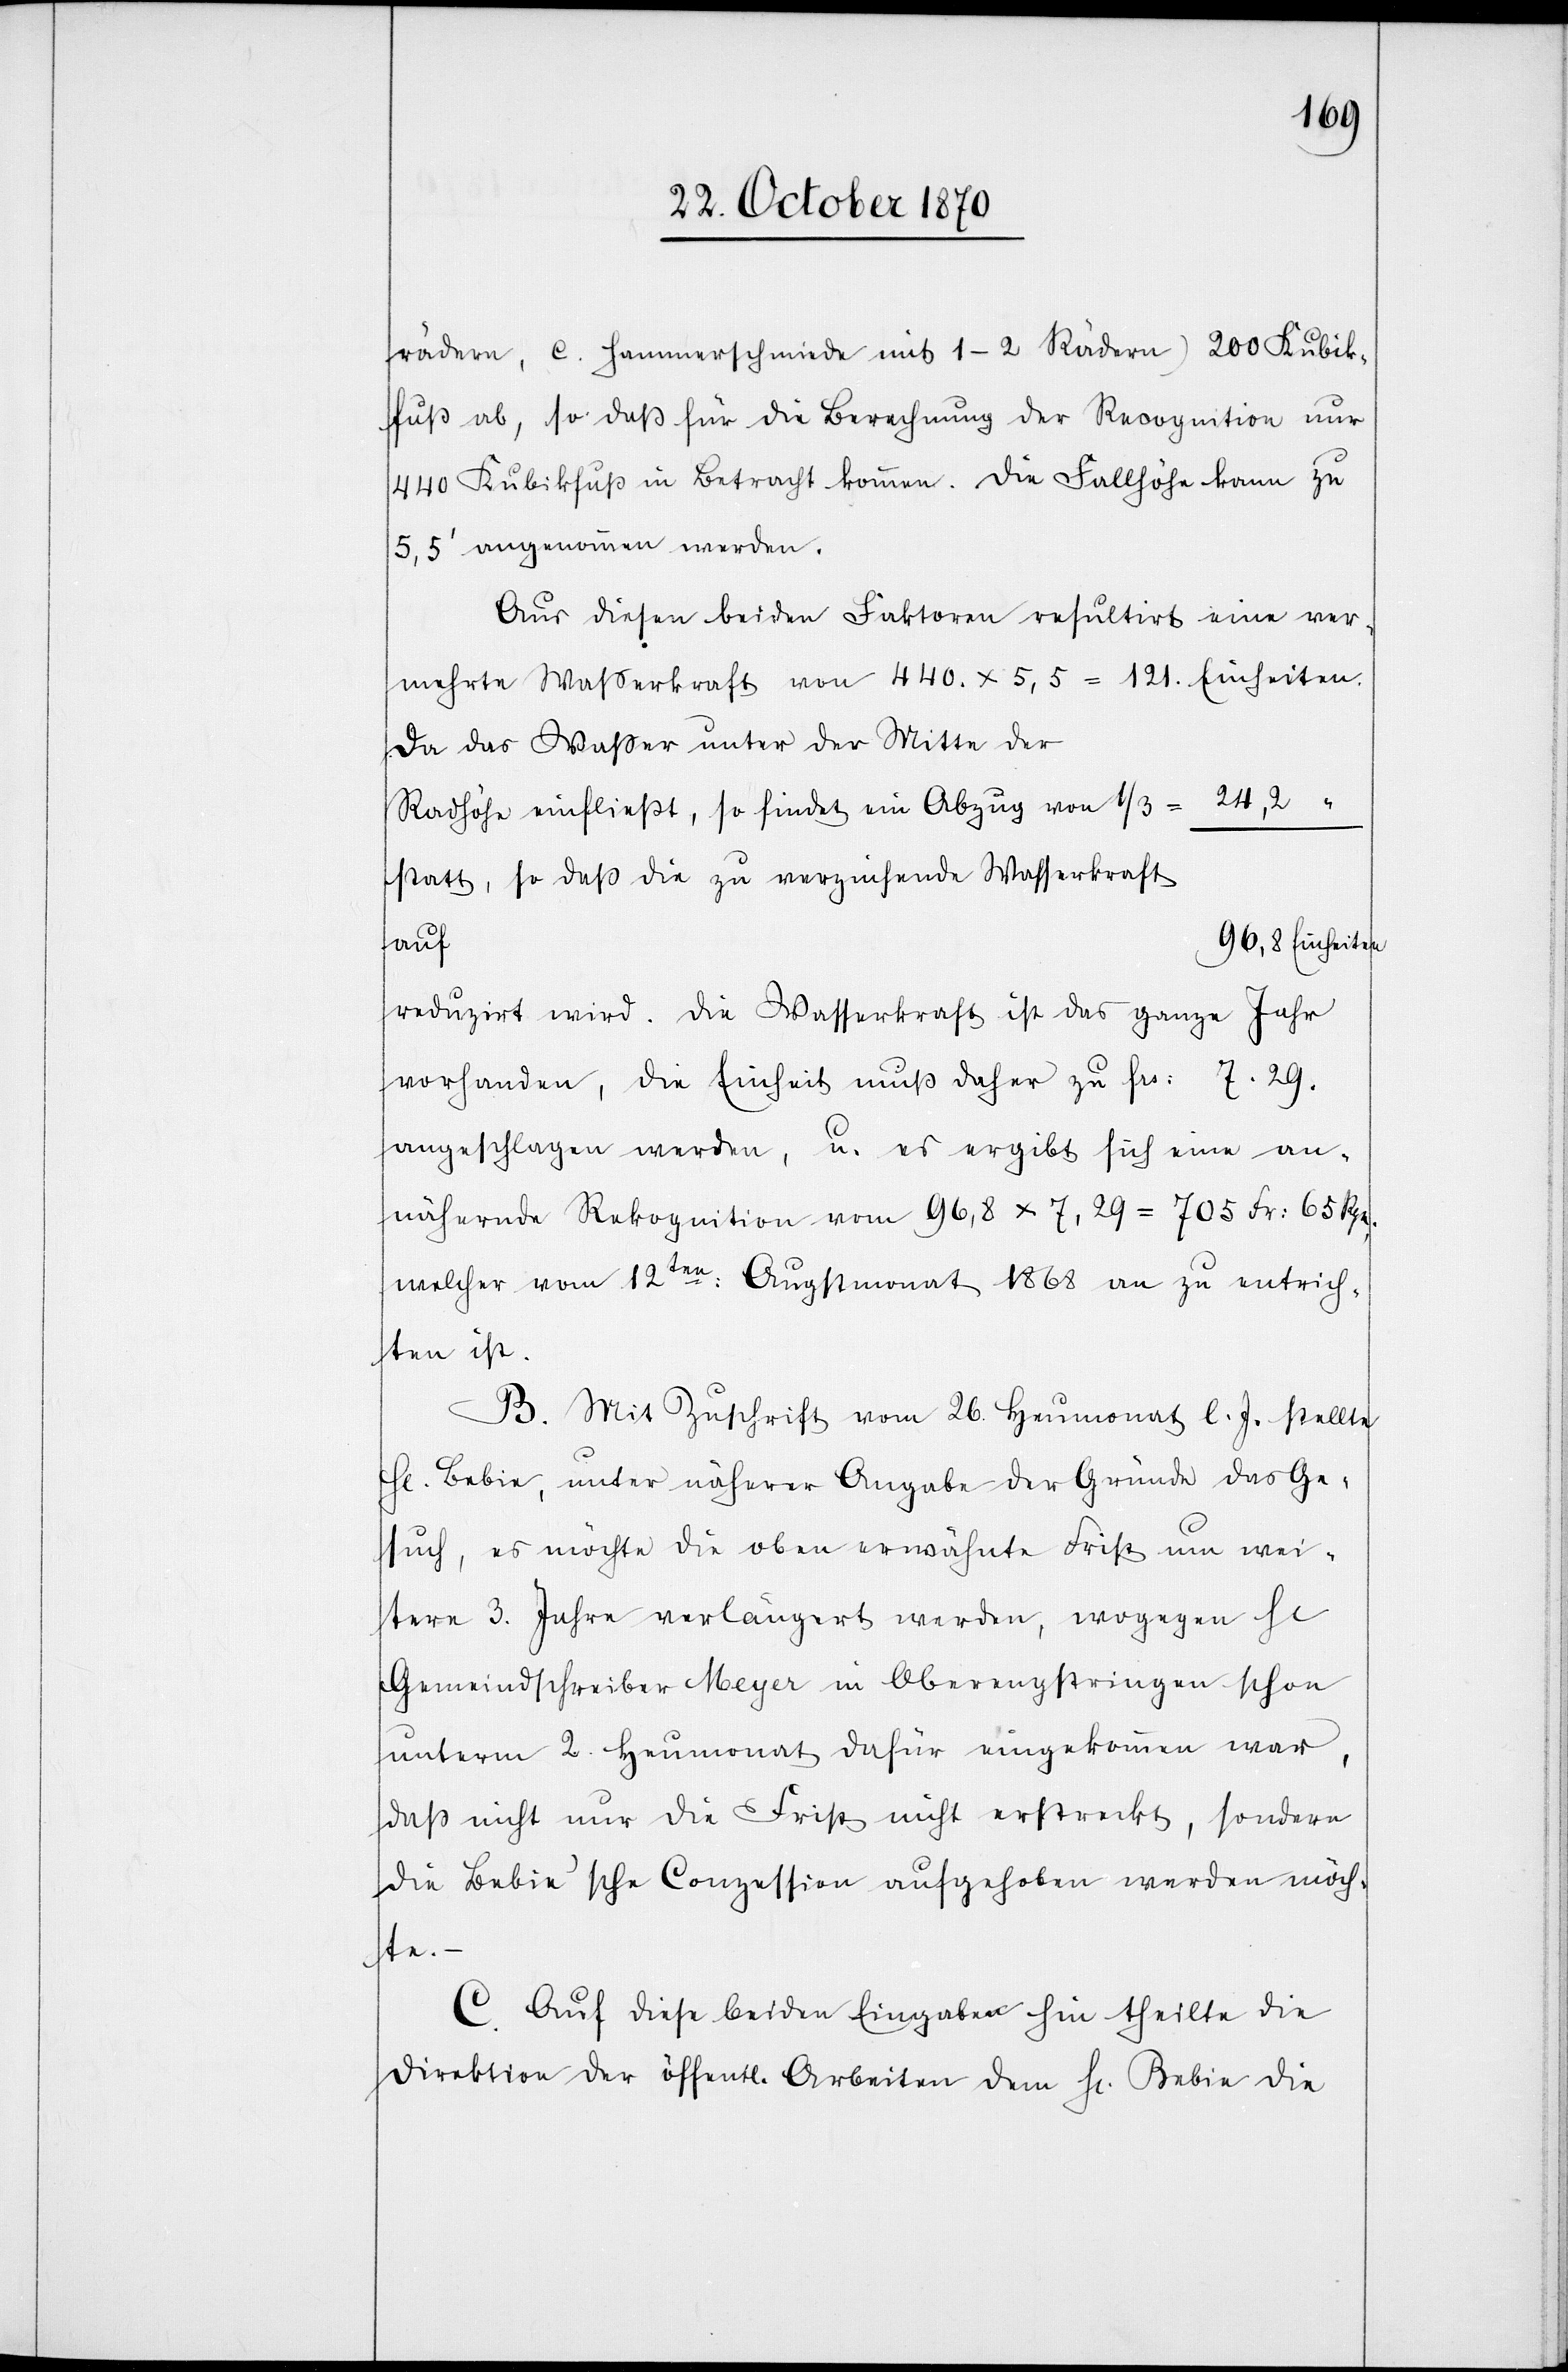
rädern, c. Hammerschmiede mit 1–2 Rädern) 200 Kubik¬
fuß ab, so daß für die Berechnung der Recognition nur
440 Kubikfuß in Betracht kommen. Die Fallhöhe kann zu
5,5’ angenommen werden.
Aus diesen beiden Faktoren resultirt eine ver¬
mehrte Wasserkraft von 440 x 5,5 = 121. Einheiten.
Da das Waßer unter der Mitte der
Radhöhe einfließt, so findet ein Abzug von 1/3 =
statt, so daß die zu verzeichnende Wasserkraft
96,8 Einheiten
auf
reduziert wird. Die Wasserkraft ist das ganze Jahr
vorhanden, die Einheit muß daher zu Fr: 7.29.
angeschlagen werden, u. es ergibt sich eine an¬
nähernde Rekognition von 96,8 x 7,29 = 705 Fr: 65 Rpn.
welche vom 12ten: Augstmonat 1868 an zu entrich¬
ten ist.
B. Mit Zuschrift vom 26. Heumonat l. J. stellte
H[err] Bebie, unter näherer Angabe der Gründe das Ge¬
such, es möchte die oben erwähnte Frist um wei¬
tere 3. Jahre verlängert werden, wogegen H[err]
Gemeindschreiber Meyer in Oberengstringen schon
unterm 2. Heumonat dafür eingekommen war,
das nicht nur die Frist nicht erstreckt, sondern
die Bebie’sche Conzession aufgehoben werden möch¬
te.
C. Auf diese beiden Eingaben hin theilte die
Direktion der öffentl. Arbeiten dem H[errn] Bebie die